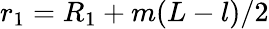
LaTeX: r_{1}=R_{1}+m(L-l)/2